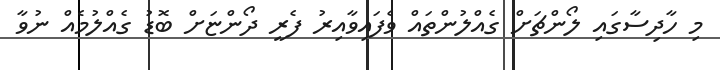
މި ހާދިސާގައި ލޯންޗަށް ގެއްލުންތައް ވެފައިވާއިރު ފެރީ ދޯންޏަށް ބޮޑު ގެއްލުމެއް ނުވާ